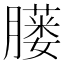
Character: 𦡢